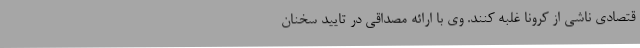
قتصادی ناشی از کرونا غلبه کنند. وی با ارائه مصداقی در تایید سخنان